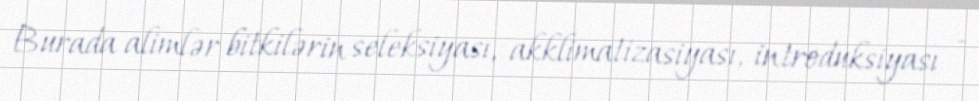
Burada alimlər bitkilərin seleksiyası, akklimatizasiyası, introduksiyası -